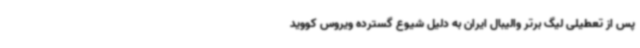
پس از تعطیلی لیگ برتر والیبال ایران به دلیل شیوع گسترده ویروس کووید